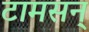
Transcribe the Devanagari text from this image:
टामसन्